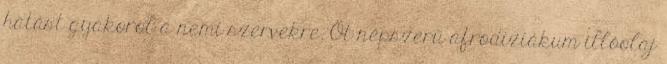
hatást gyakorol a nemi szervekre. Öt népszerű afrodiziákum illóolaj